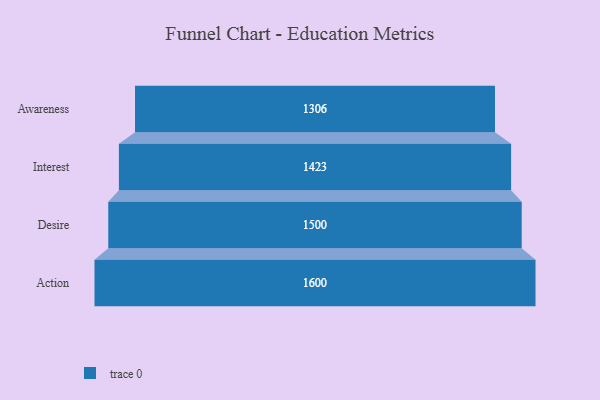
{"axis": {"x": "Stage", "y": "Value"}, "legend": [""], "data": [{"x": "Awareness", "y": 1306.0, "type": ""}, {"x": "Interest", "y": 1423.0, "type": ""}, {"x": "Desire", "y": 1500.0, "type": ""}, {"x": "Action", "y": 1600.0, "type": ""}]}